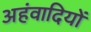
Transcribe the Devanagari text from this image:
अहंवादियों